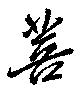
菩